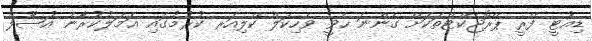
ޑިއުޓީ ފްރީ ޕްރޮޖެކްޓްތަކަށް ގެންނަ ހެވީ ވެހިކަލް ކްލިއަރ ކުރުމުގައި ޢަމަލުކުރާނެ އުޞޫލް